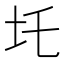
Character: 圫